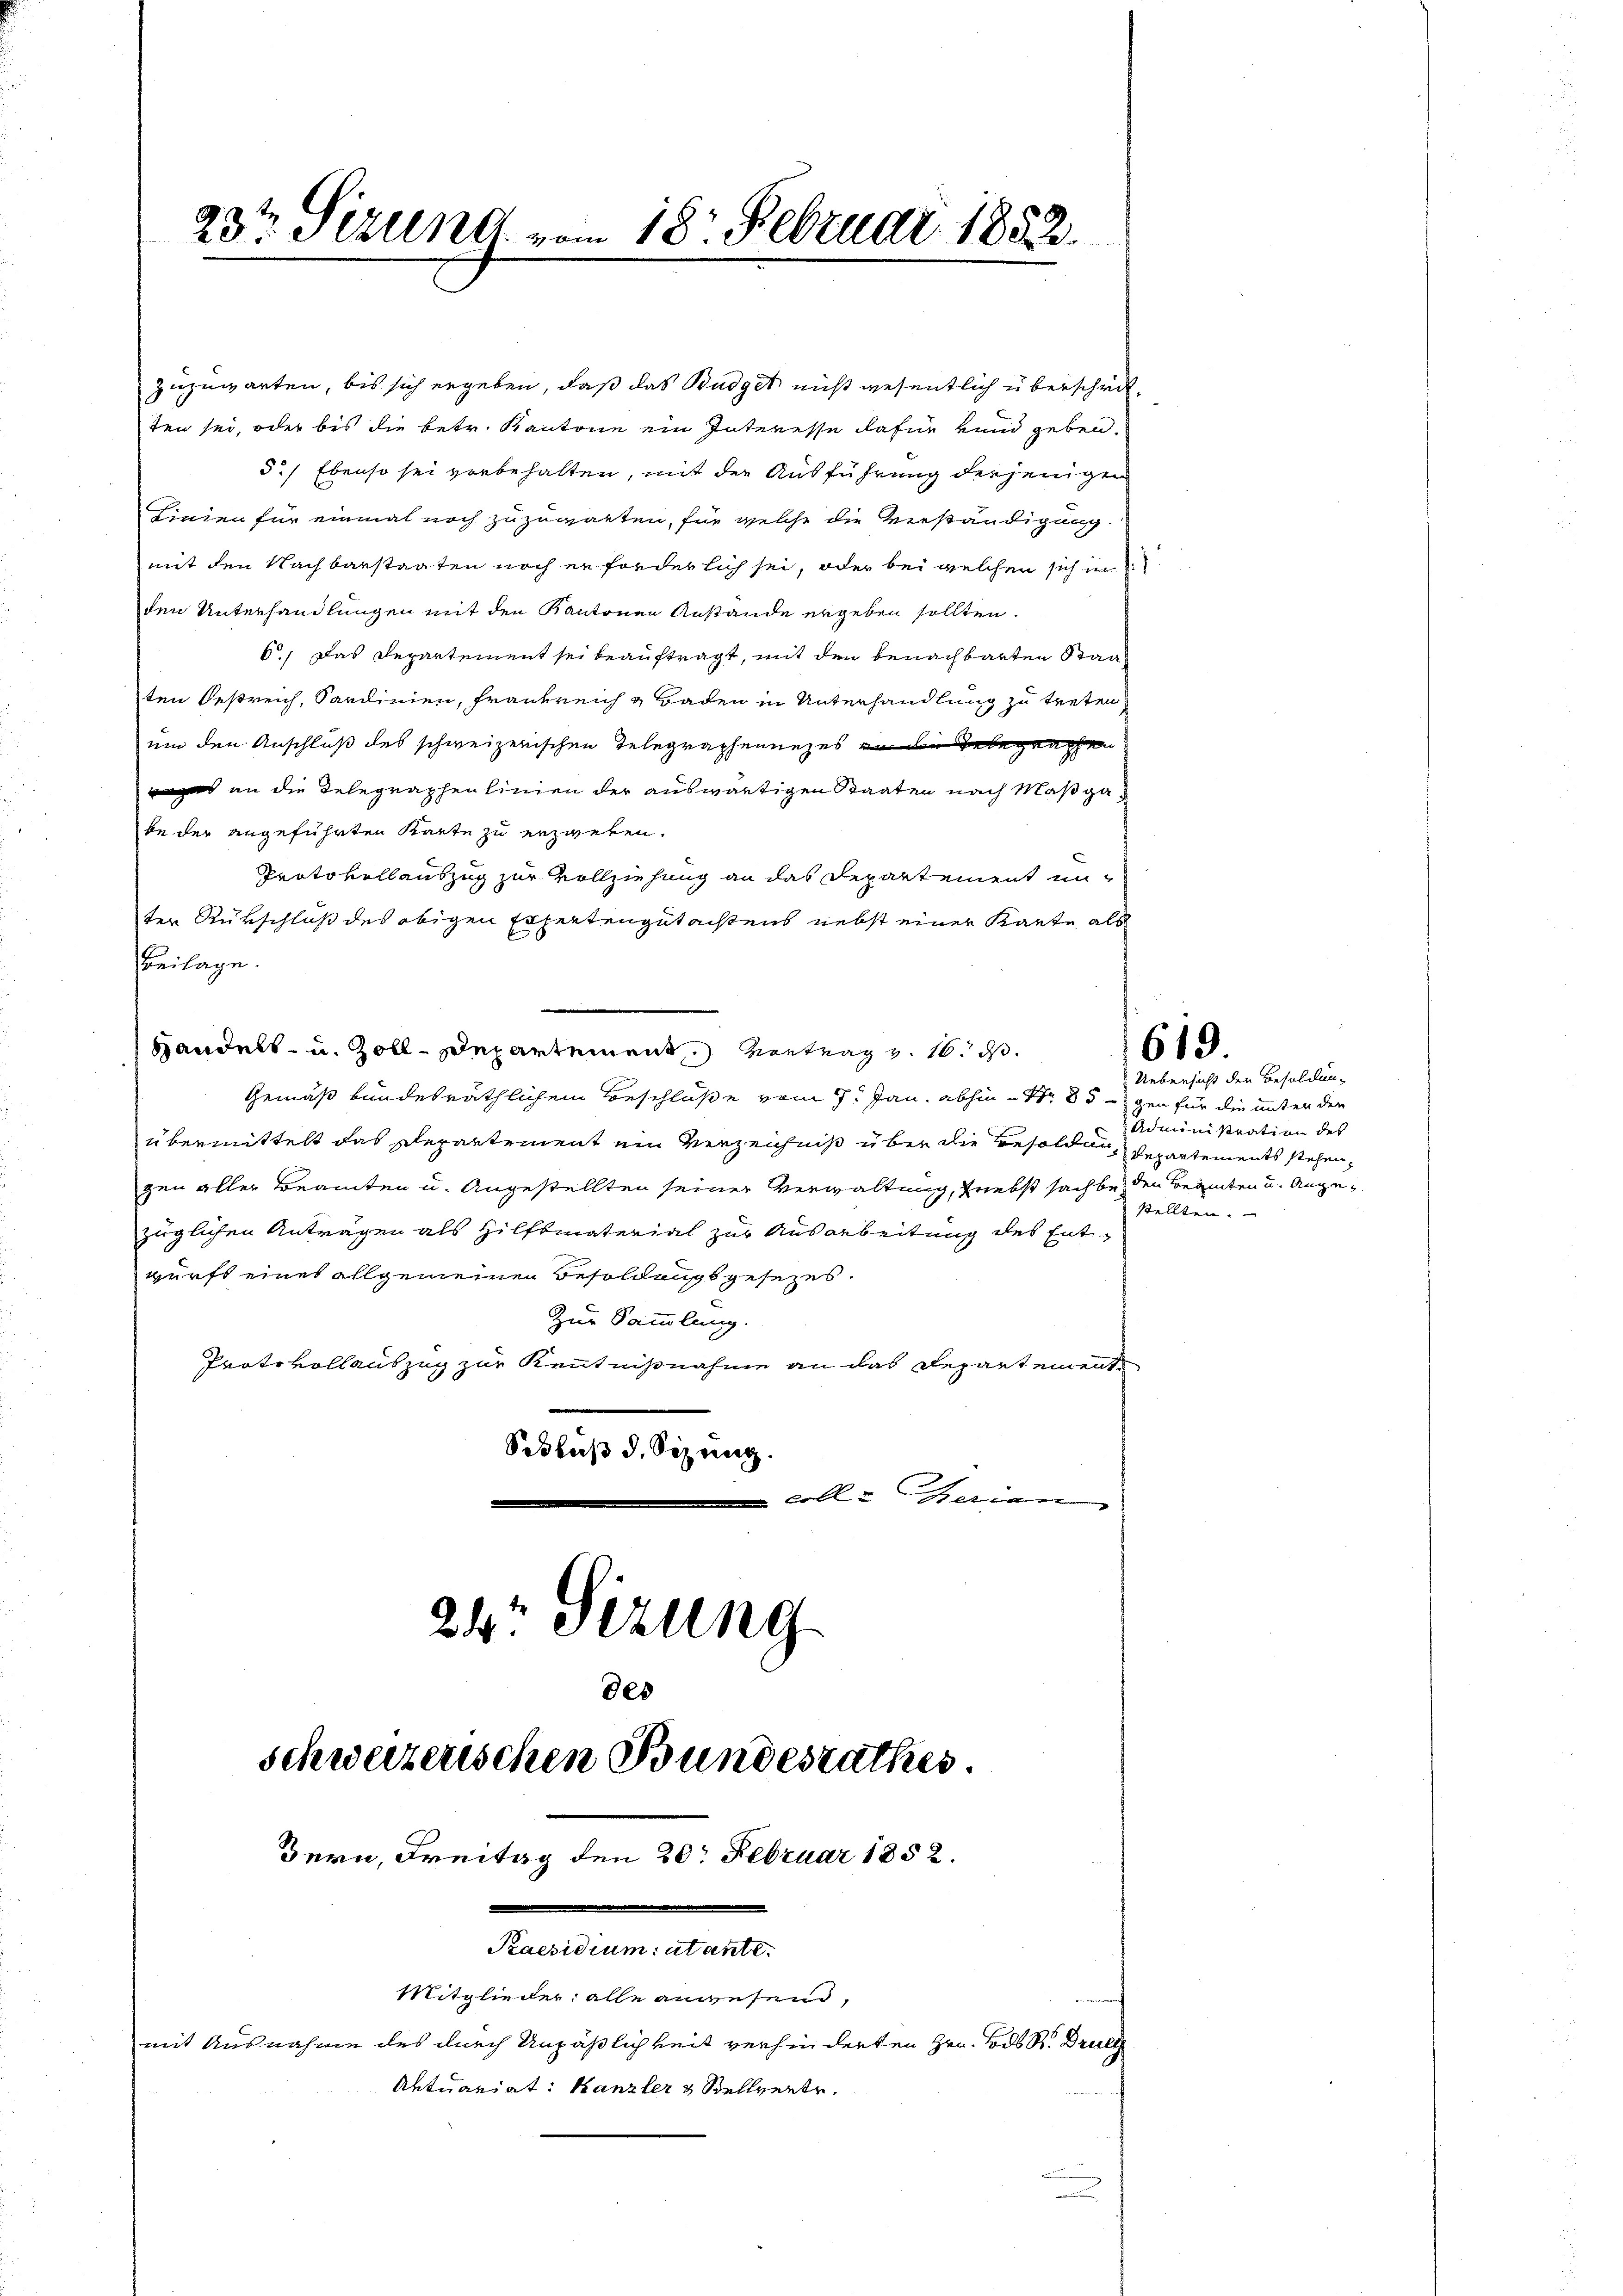
23ten Sizung vom 18. Februar 1883.

zuzuwarten, bis sich ergeben, daß das Büdget nicht wesentlich überschritten sei, oder bis die betr. Kantone ein Interesse dafür vnnd geben.
5.) Ebenso sei vorbehalten, mit der Ausführung derjenigen
Linien für einmal noch zuzugarten, für welche die Verständigung.
mit den Nachbarstaaten noch erforderlich sei, oder bei welchen sich in
den Unterhandlungen mit den Kantonen Anstände ergeben sollten.
6., Das Departement sei beauftragt, mit den benachbarten Staat
ten Oestreich, Sandinien, Frankreich & Baden in Unterhandlung zu treten
um den Anschluß des schweizerischen Telegraphennezes an die Telegraphen
ges an die Relegraphenlinien der auswärtigen Staaten nach Maßgabe der angeführten Karte zu erzweken.
Protokollauszug zur Vollziehung an das Departement unter Rükschluß des obigen Expertengutachtens nebst einer Karte als
Beilage.
Handels- u. Zoll-Departement vertrag v. 16. ds.
Gemäß bundesräthlichem Beschluße vom 7. Jan. abhin 1 35 - gen für die unter den
übermittelt das Departement ein Verzeichniß über die Besoldung, Departements stehen,
gen aller Beamten u. Angestellten seiner Verwaltung, nebst sach bei den Beamten u. Angezüglichen Anträgen als Hilfsmaterial zur Ausarbeitung des Entwurfs eines allgemeinen Besoldungsgesezes.
Zur Sammlung.
Prote vollauszug zur Kenntnißnahme an das Departement
Schluß d. Sizung.
 Colle
24r Sizung
des

schweizerischen Bundesrathes
Bern, Freitag den 20. Februar 1852.
Paesidium utante.
Mitglieder alle anwesend,
mit Ausnahme des durch Unpäßlichkeit verhinderten Hrn. Bods R. Druck
Aktuariat: Kanzler & Stellverte.

619.

Uebersicht der Besoldun¬
Administration des
stellten.